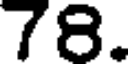
78.